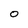
Character: 0